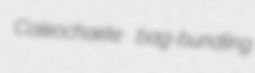
Coleochaete bag-bundling